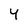
Character: 4